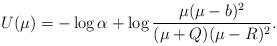
LaTeX: \begin{align*}U(\mu)=-\log\alpha+\log\frac{\mu(\mu-b)^2}{(\mu+Q)(\mu-R)^2}.\end{align*}